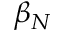
\beta _ { N }